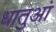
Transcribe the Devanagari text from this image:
धातुआं